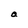
Character: a